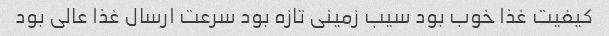
کیفیت غذا خوب بود سیب زمینی تازه بود سرعت ارسال غذا عالی بود